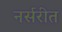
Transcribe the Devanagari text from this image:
नर्सरीत